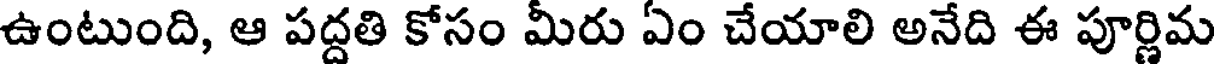
ఉంటుంది, ఆ పద్దతి కోసం మీరు ఏం చేయాలి అనేది ఈ పూర్ణిమ